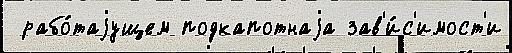
 рабо́таjущем подкапотнаjа зав'и́с'имост'и